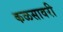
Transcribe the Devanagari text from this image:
कळसावरी